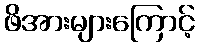
ဖိအားများကြောင့်